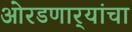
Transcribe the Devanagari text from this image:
ओरडणार्‍यांचा